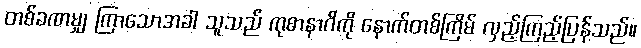
တစ်ခဏမျှ ကြာသောအခါ သူသည် ကုစာနာဂိကို နောက်တစ်ကြိမ် လှည့်ကြည့်ပြန်သည်။